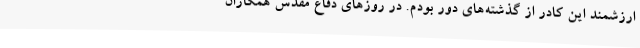
ارزشمند این کادر از گذشته‌های دور بودم. در روزهای دفاع مقدس همکاران